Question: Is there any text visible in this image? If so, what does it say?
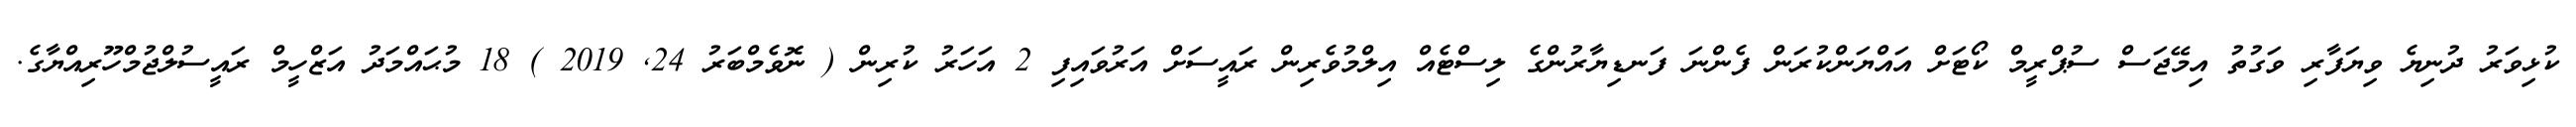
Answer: ކުޅިވަރު ދުނިޔެ ވިޔަފާރި ވަގުތު އިމޭޖަސް ސުޕްރީމް ކޯޓަށް އައްޔަންކުރަން ފެންނަ ފަނޑިޔާރުންގެ ލިސްޓެއް އިލްމުވެރިން ރައީސަށް އަރުވައިފި 2 އަހަރު ކުރިން ( ނޮވެމްބަރު 24, 2019 ) 18 މުޙައްމަދު އަޒްހީމް ރައީސުލްޖުމްހޫރިއްޔާގެ.